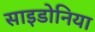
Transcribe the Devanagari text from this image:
साइडोनिया